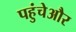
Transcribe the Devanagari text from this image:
पहुंचेऔर